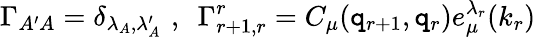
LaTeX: \Gamma_{A^{\prime}A}=\delta_{\lambda_{A},\lambda_{A}^{\prime}}\, \, ,\, \, \, \Gamma_{r+1,r}^{r}=C_{\mu}(\mathtt{q}_{r+1},\mathtt{q}_{r})e_{\mu}^{\lambda_{r}}(k_{r})